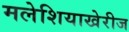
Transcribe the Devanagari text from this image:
मलेशियाखेरीज